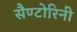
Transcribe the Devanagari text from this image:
सैण्टोरिनी